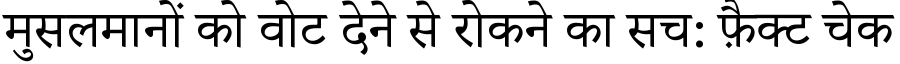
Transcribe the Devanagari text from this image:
मुसलमानों को वोट देने से रोकने का सच: फ़ैक्ट चेक